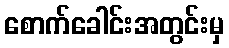
စောက်ခေါင်းအတွင်းမှ